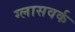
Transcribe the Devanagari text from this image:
ग्लासवर्क